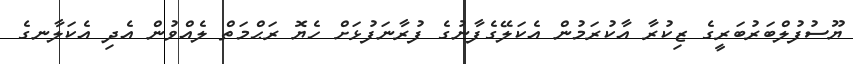
ޔޫސުފުލްބަރުބަރީގެ ޒިކުރާ އާކުރަމުން އެކަލޭގެފާނުގެ ފުރާނަފުޅަށް ހެޔޮ ރަޙްމަތް ލެއްވުން އެދި އެކަލާނގެ